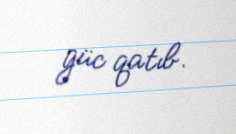
güc qatıb.